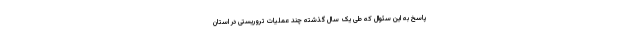
پاسخ به این سئوال که طی یک سال گذشته چند عملیات تروریستی در استان